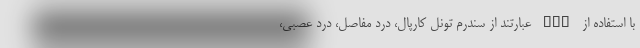
با استفاده از HGH عبارتند از سندرم تونل کارپال، درد مفاصل، درد عصبی،